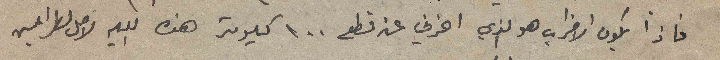
فاذا يكون الاضراب هو الذي اخرني عن قطع ١٠٠ كيلومتر هذه الليله لاصل لطرابلس